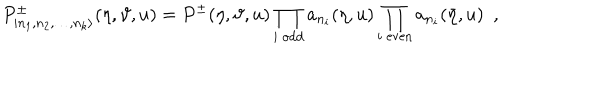
P _ { | n _ { 1 } , n _ { 2 } , \dots , n _ { k } \rangle } ^ { \pm } ( \eta , \vartheta , u ) = P ^ { \pm } ( \eta , \vartheta , u ) \prod _ { i \textrm { o d d } } a _ { n _ { i } } ( \eta , u ) \prod _ { i \textrm { e v e n } } a _ { n _ { i } } ( \bar { \eta } , u ) \, \, \, ,